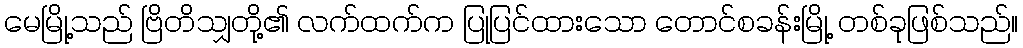
မေမြို့သည် ဗြိတိသျှတို့၏ လက်ထက်က ပြုပြင်ထားသော တောင်စခန်းမြို့ တစ်ခုဖြစ်သည်။